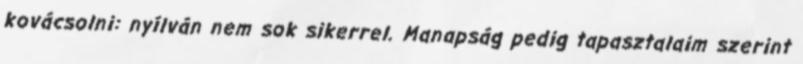
kovácsolni: nyílván nem sok sikerrel. Manapság pedig tapasztalaim szerint